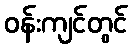
ဝန်းကျင်တွင်